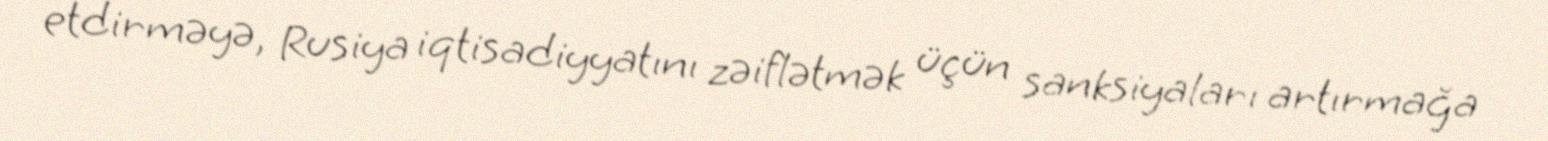
etdirməyə, Rusiya iqtisadiyyatını zəiflətmək üçün sanksiyaları artırmağa